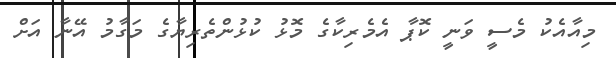
މިއާއެކު މެސީ ވަނީ ކޮޕާ އެމެރިކާގެ މޮޅު ކުޅުންތެރިޔާގެ މަގާމު އޭނާ އަށް